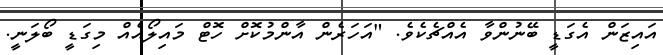
އައިޒަން އެގަޑީ ބޭނުންވާ އެއްޗެކެވެ. "އަހަރެން އާންމުކޮށް ހޮޓް މައިލޯއެއް މިގަޑީ ބޯލަނީ.